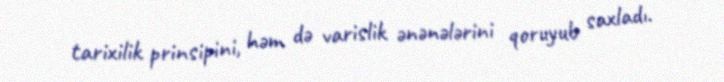
tarixilik prinsipini, həm də varislik ənənələrini qoruyub saxladı.